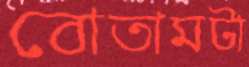
বোতামটা